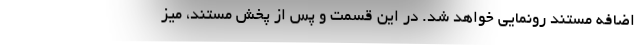
اضافه مستند رونمایی خواهد شد. در این قسمت و پس از پخش مستند، میز